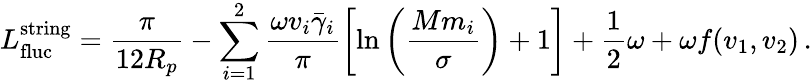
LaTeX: L_{\mathrm{fluc}}^{\mathrm{string}}=\frac{\pi}{12R_{p}}-\sum_{i=1}^{2}\frac{\omega v_{i}\bar{\gamma}_{i}}{\pi}\left[\ln\left(\frac{Mm_{i}}{\sigma}\right)+1\right]+\frac{1}{2}\omega+\omega f(v_{1},v_{2})\, .